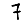
Digit: 7